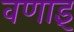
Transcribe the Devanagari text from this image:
वणाइं